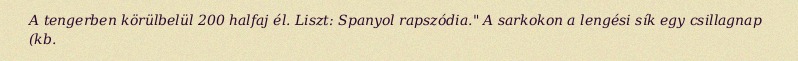
A tengerben körülbelül 200 halfaj él. Liszt: Spanyol rapszódia." A sarkokon a lengési sík egy csillagnap (kb.